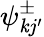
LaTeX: \psi_{\mathit{k}j^{\prime}}^{\pm}